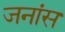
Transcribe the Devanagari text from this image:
जनांस